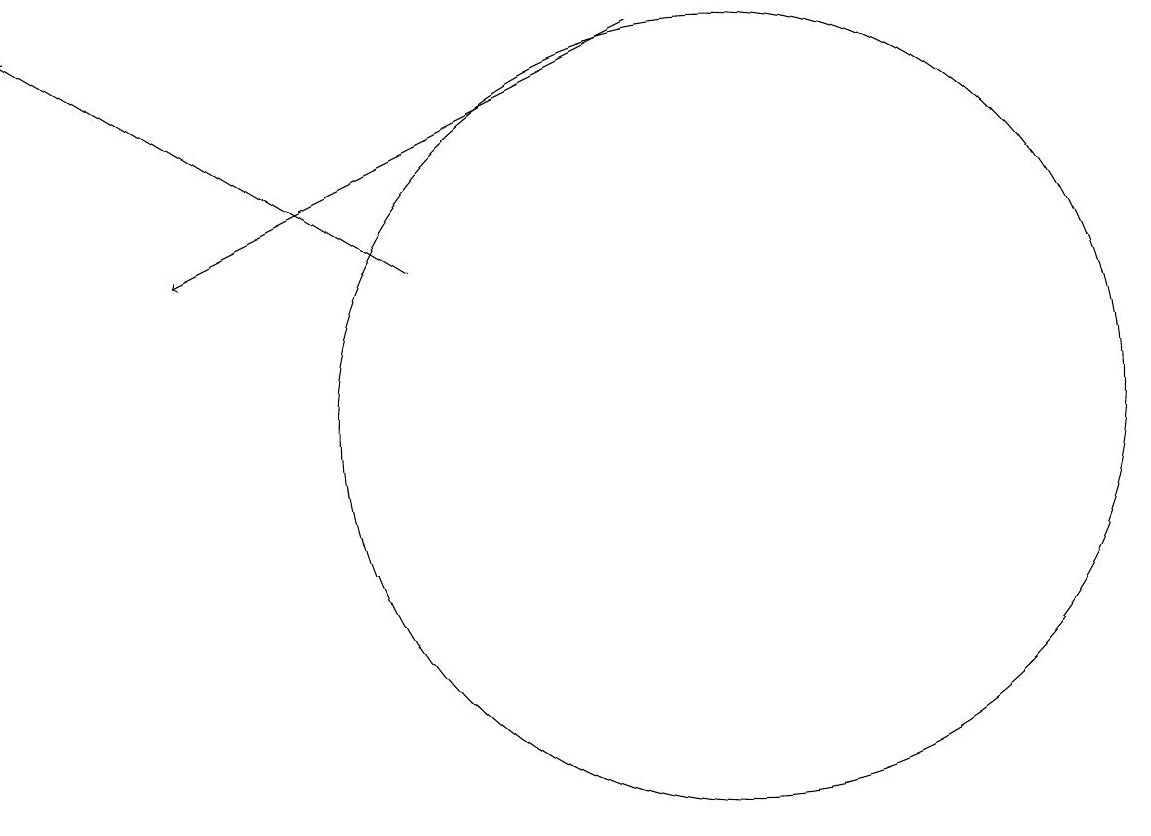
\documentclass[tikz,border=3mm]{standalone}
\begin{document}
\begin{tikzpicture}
\draw[->] (9,16) -- (3,13);
\draw[->] (6,13) -- (1,16);
\draw (10,11) circle (5);
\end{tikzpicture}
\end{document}